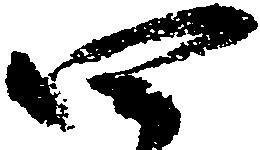
四